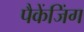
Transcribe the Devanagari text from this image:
पैकेंजिंग